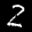
Label: 2